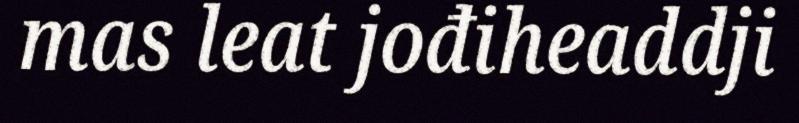
mas leat jođiheaddji